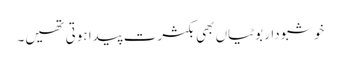
خوشبودار بوٹیاں بھی بکثرت پیدا ہوتی تھیں۔